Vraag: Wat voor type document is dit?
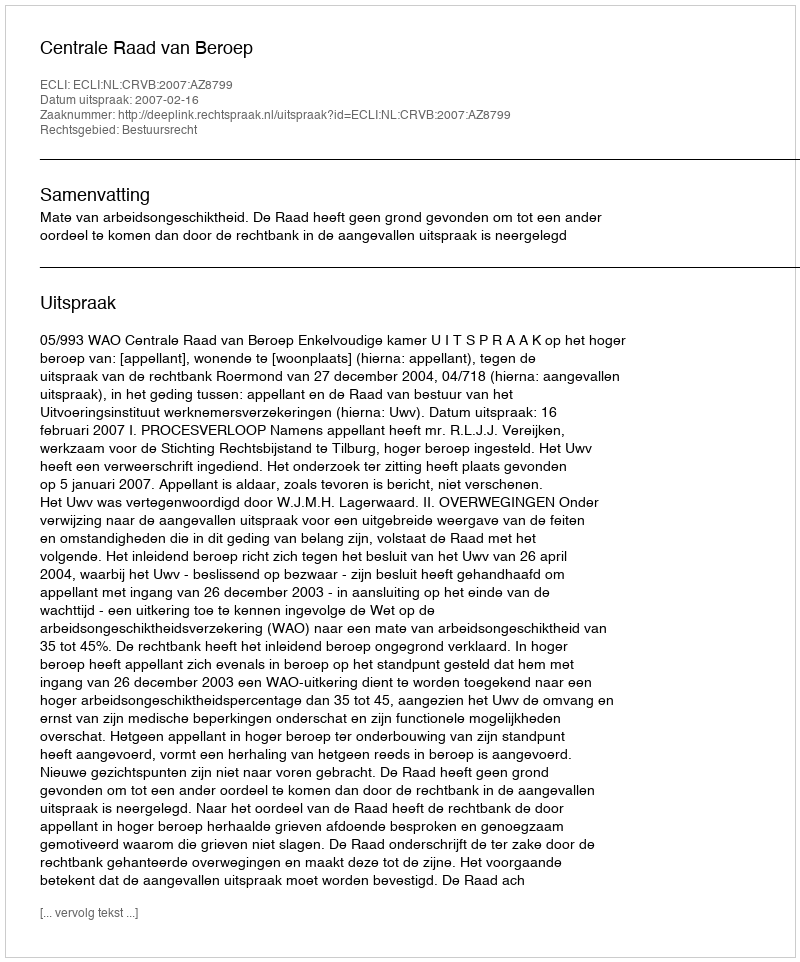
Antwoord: Uitspraak